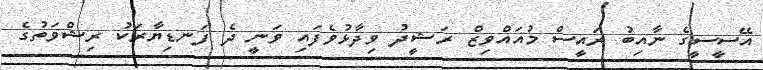
އޭސީސީގެ ނާއިބު ރައީސް މުއައްވިޒް ރަޝީދު ވިދާޅުވެފައި ވަނީ ދެ ފަނޑިޔާރަކު ރިޝްވަތުގެ